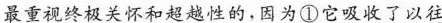
最重视终极关怀和超越性的，因为①\underline{它吸收了以往}